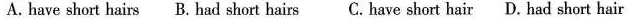
A. have short hairs B. had short hairs C. have short hair D. had short hair